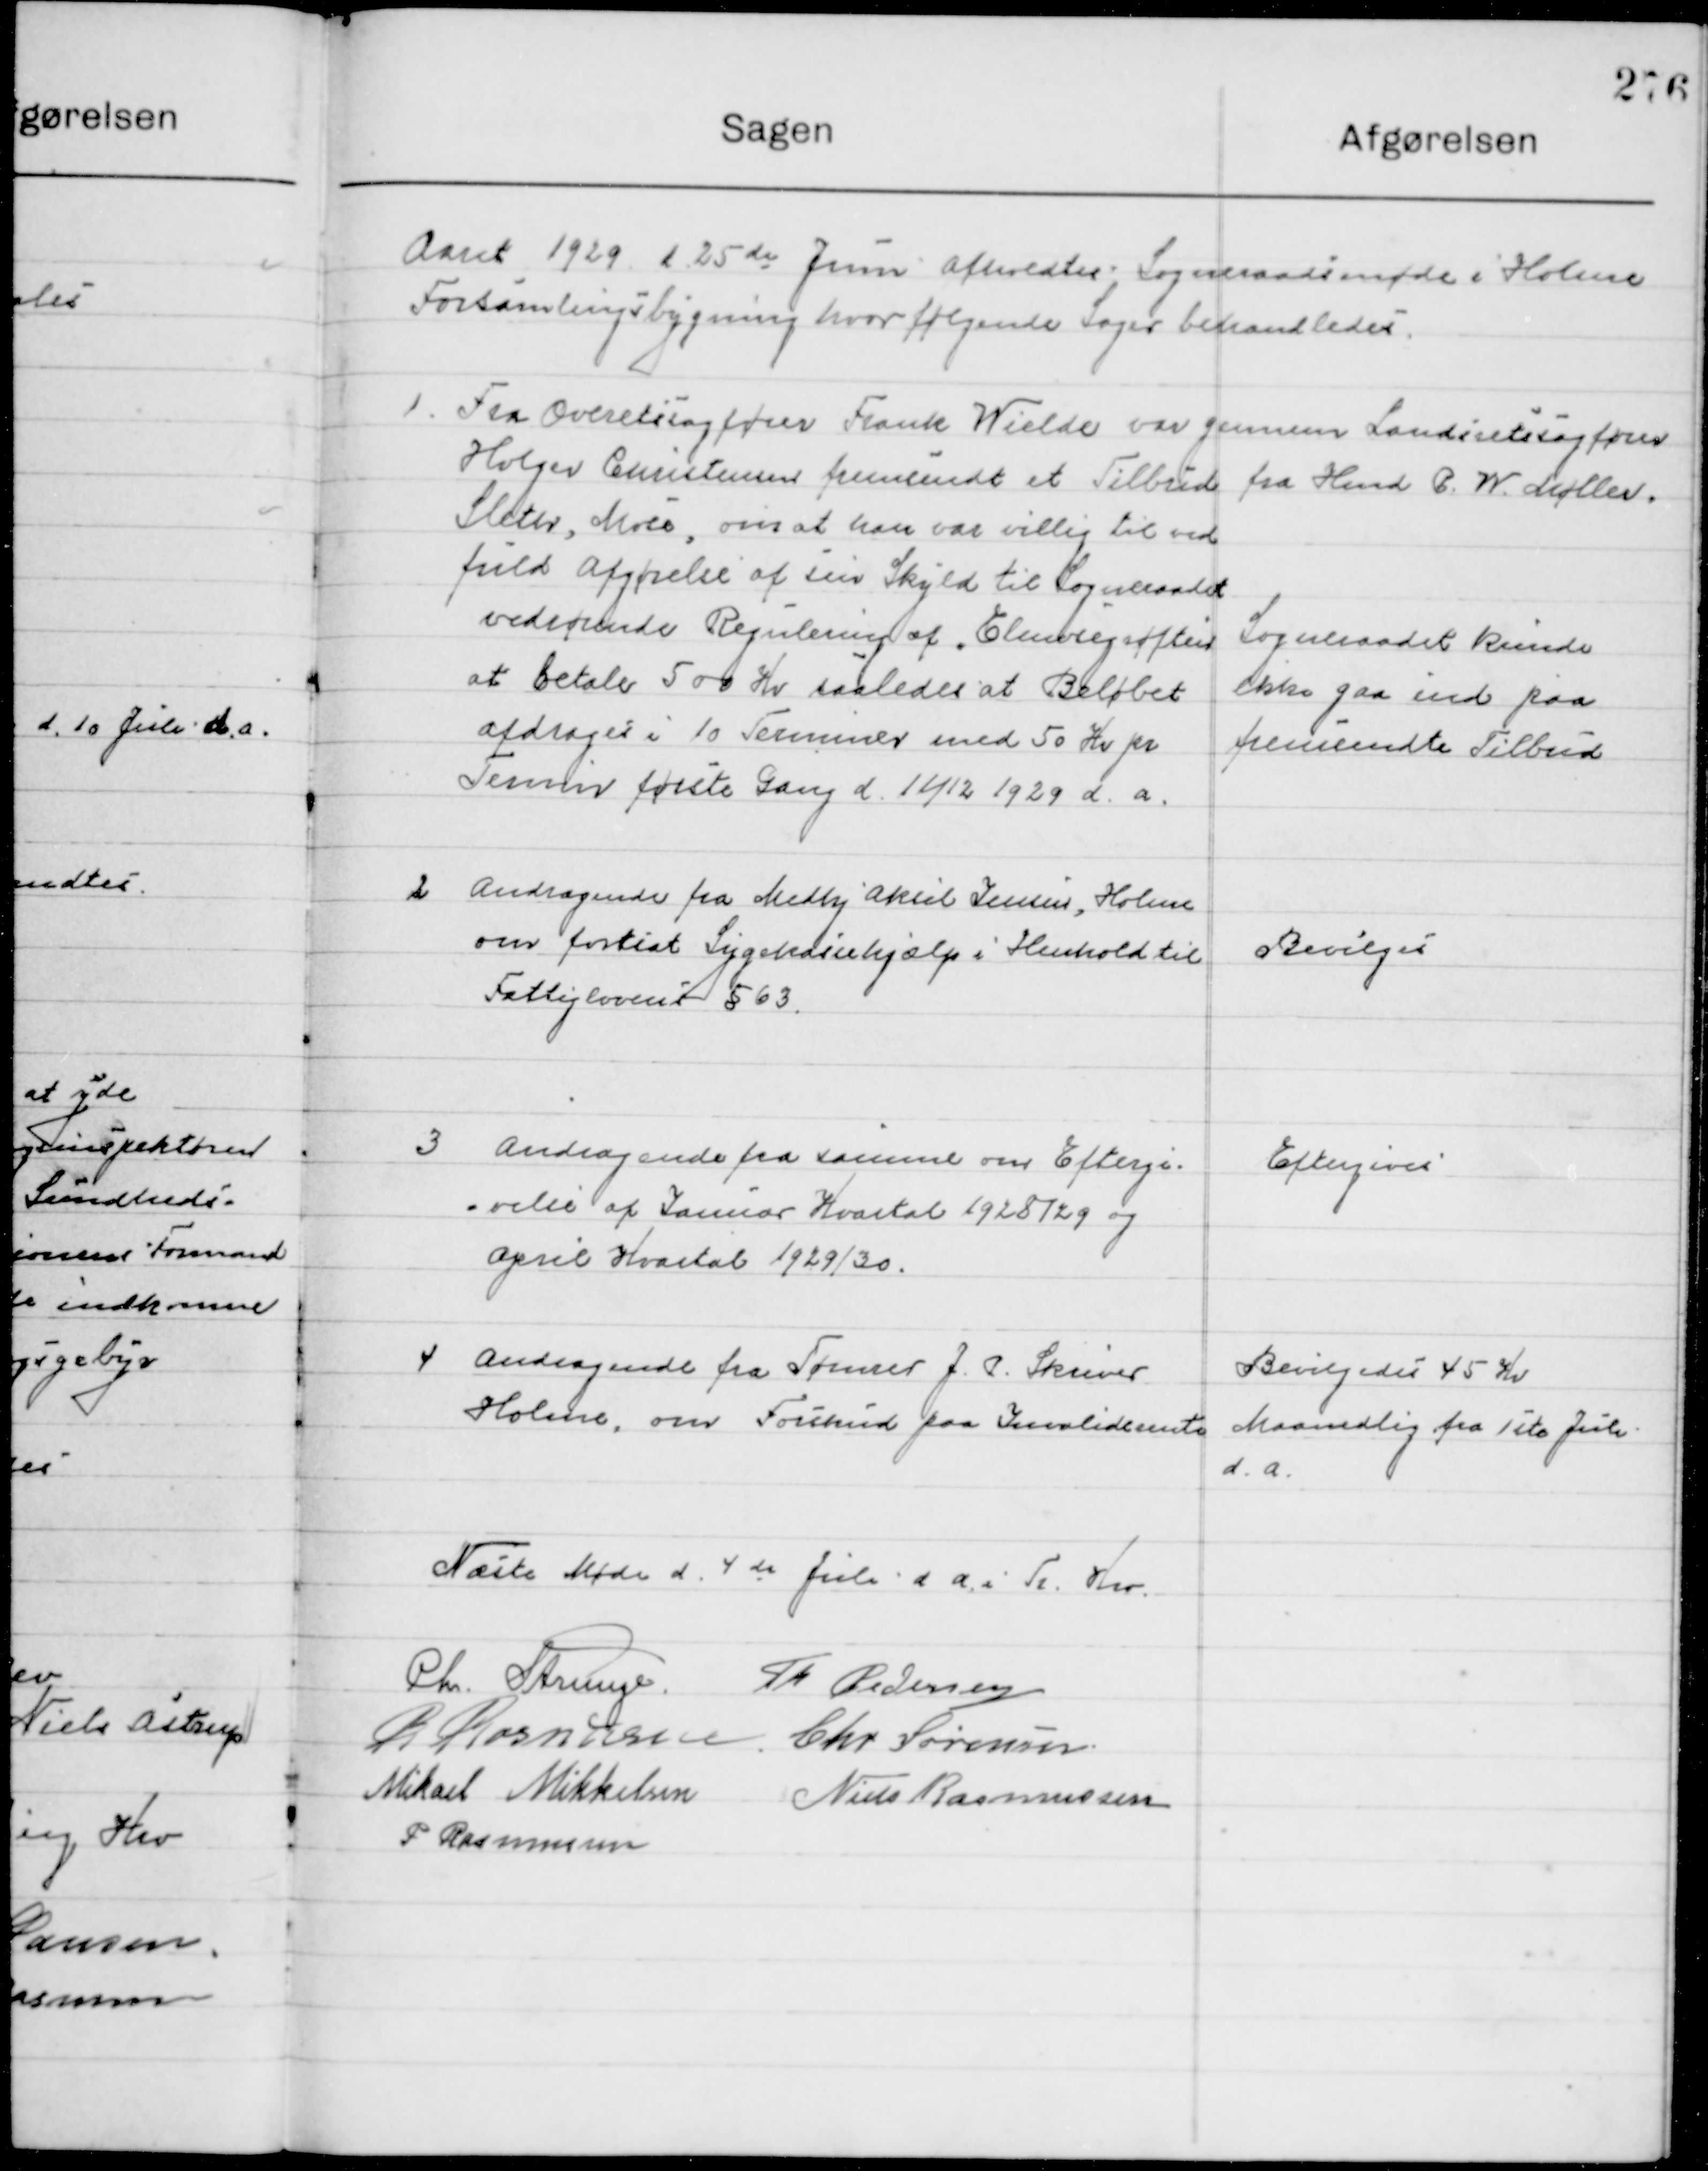
Transskription:
Aaret 1929 d. 25de Juni  afholdtes Sogneraadsmøde I Holme 
Forsamlingsbygning hvor følgende Sager behandledes.

1

Fra Overretssagfører Frands Wielde var gennem Landsretssagfører
 Holger Christensen fremsendt et Tilbud fra Hmd. O. W. Møller.
Sleter, Mose, om at han var villig til ved
fuld aafgørelse af sin Skyld til Sogneraadet
vedrørende Regning af Elmevejgrøften
at betale 500 Kr.  saaledes at Beløbet
afdrages i 10 Terminer med 50 Kr. pr. 
Termin første Gang d. 11/12 1929 d. A.

Sogneraadet kunde
ikke gaa ind paa
fremsendte Tilbud

2

Andragende fra Medhj. Aksel Jensen, Holme
om fortssat Sygekassehjælp i Henholdt til
Fattiglovens § 63.

Bevilgedes

3

Andragende fra samme om Eftergi-
velse af Januar Kvartal 1928/29 og 
april Kvartal 1929/30.

Eftergives

4

Andragende fra Tømrer J. P. Skiver
Holme, om Forskud paa Invaliderente

Bevilgedes 45 Kr.
Maandlig fra 1ste Juli
d. A.

Næste Møde d. 4de Juli d. A. i Tr. Kro

Chr. Strunge
Th. Pedersen
R. Rasmussen
Chr. Sørensen
Mikael Mikkelsen
Niels Rasmussen
P. Rasmussen